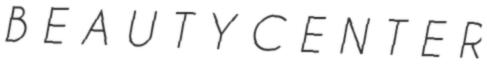
B E A U T Y C E N T E R